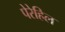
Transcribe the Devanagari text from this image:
पेरेहिल